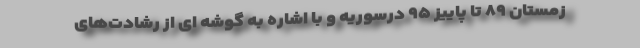
زمستان ۸۹ تا پاییز ۹۵ درسوریه و با اشاره به گوشه ای از رشادت‌های